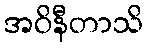
အဝိနီတာသိ